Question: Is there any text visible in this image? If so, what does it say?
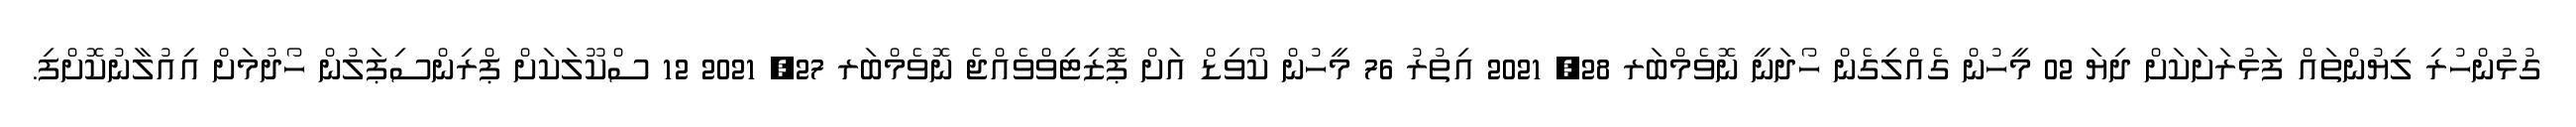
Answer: ގުޅުންހުރި ލިޔުންތައް ފަޅުރަށަކަށް ދިޔަ 02 މީހުން ގެއްލިގެން ހޯދަނީ ނޮވެމްބަރ 28, 2021 އިތުރު 76 މީހުން ކޯވިޑް އަށް ޕޮޒިޓިވްވެއްޖެ ނޮވެމްބަރ 27, 2021 12 ސްކޫލަކަށް ޕްރިންސިޕަލުން ހޯދުމަށް އިއުލާނުކޮށްފި.